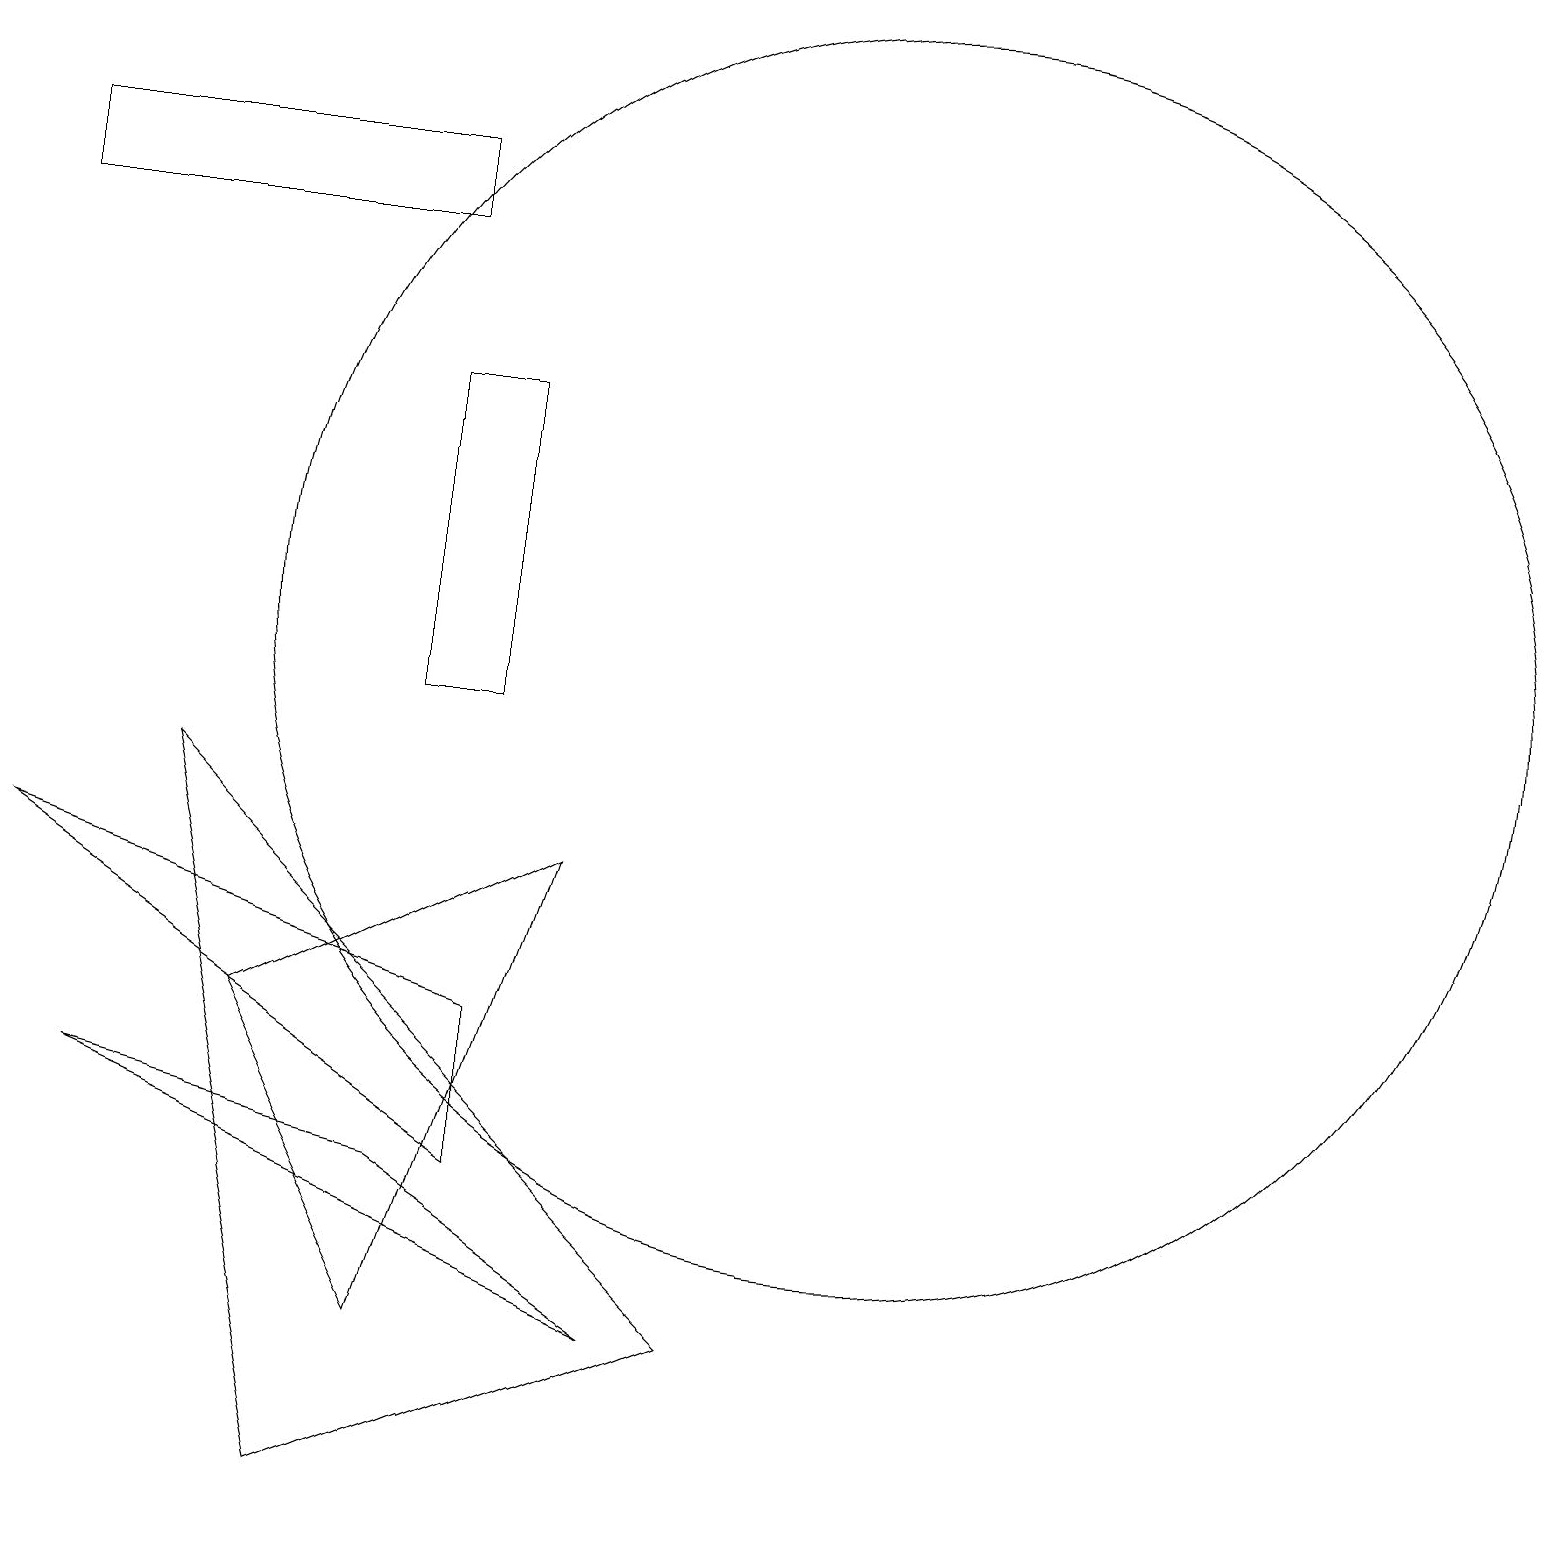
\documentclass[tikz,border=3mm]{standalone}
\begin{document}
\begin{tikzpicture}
\draw (0,17) rectangle (5,16);
\draw (8,2) -- (5,4) -- (1,5) -- cycle;
\draw (4,0) -- (9,2) -- (2,9) -- cycle;
\draw (6,4) -- (6,6) -- (0,8) -- cycle;
\draw (5,2) -- (3,6) -- (7,8) -- cycle;
\draw (11,11) circle (8);
\draw (5,14) rectangle (6,10);
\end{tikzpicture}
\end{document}